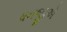
ધનજીએ